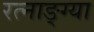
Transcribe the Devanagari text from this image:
रत्नाङ्ग्या